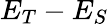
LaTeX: E_{T}-E_{S}